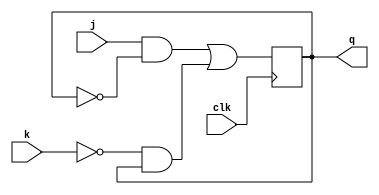
module jkff(j, k, clk, q);

    input j, k, clk;
    output q;
    reg nextQ;

    always @(posedge clk) begin
        q = nextQ;
    end

    always @(j or k) begin
        nextQ = (j&(!q)) | ((!k)&q);
    end

endmodule